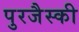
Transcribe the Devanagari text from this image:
पुरजैस्की